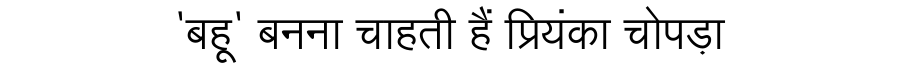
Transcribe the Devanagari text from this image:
'बहू' बनना चाहती हैं प्रियंका चोपड़ा